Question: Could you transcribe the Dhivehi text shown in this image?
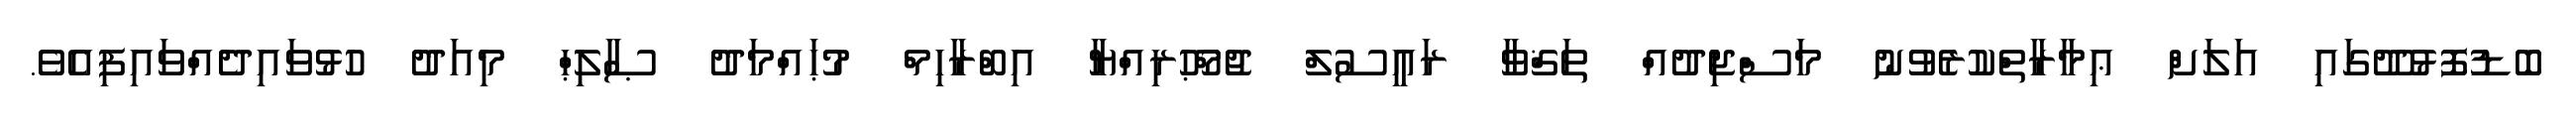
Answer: ބޮޑުފޮޅުދޫގައި އަލަށް ޢިމާރާތްކުރެވުނު މަސްޖިދުއް ތަޤްވާ ރައީސުލް ޖުމްޙޫރިއްޔާ އިބްރާހިމް މުޙައްމަދު ޞާލިޙް މިއަދު ހުޅުވައިދެއްވައިފިއެވެ.